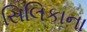
સિલિકાના